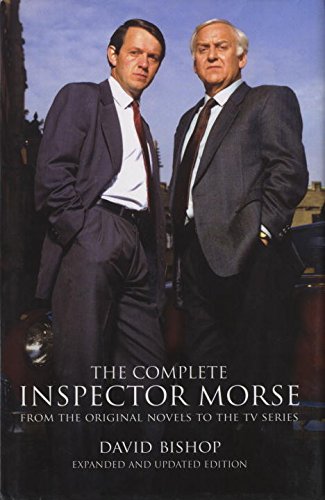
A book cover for The Complete Inspector Morse (New Revised Edition); David Bishop; Mystery, Thriller & Suspense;